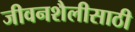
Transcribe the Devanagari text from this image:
जीवनशैलीसाठी